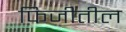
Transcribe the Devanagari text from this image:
फिजीतील